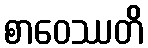
စာဝေဿတိ